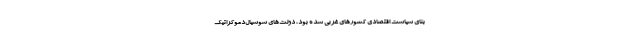
بنای سیاست اقتصادی کشورهای غربی شده بود، دولت‌های سوسیال‌دموکراتیک